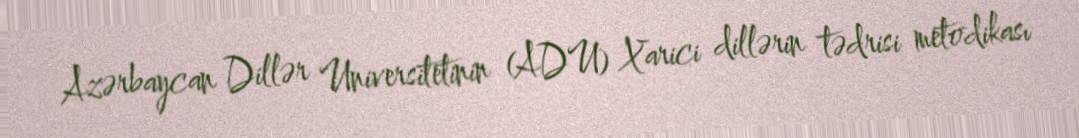
Azərbaycan Dillər Universitetinin (ADU) Xarici dillərin tədrisi metodikası